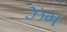
ઝમ